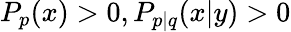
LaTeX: P_{p}(x)>0,P_{p|q}(x|y)>0